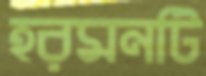
হরমনটি